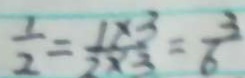
\frac { 1 } { 2 } = \frac { 1 \times 3 } { 2 \times 3 } = \frac { 3 } { 6 }